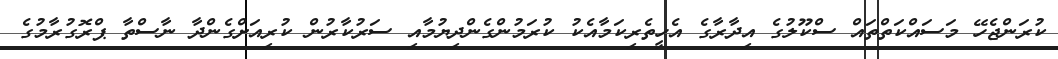
ކުރަންޖެހޭ މަސައްކަތްތައް ސްކޫލުގެ އިދާރާގެ އެހީތެރިކަމާއެކު ކުރަމުންގެންދިޔުމާއި ސަރުކާރުން ކުރިއަށްގެންދާ ނާސްތާ ޕްރޮގުރާމުގެ